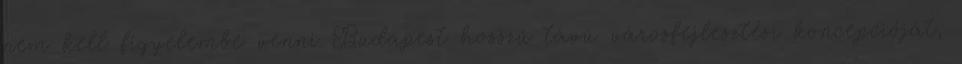
nem kell figyelembe venni Budapest hosszú távú városfejlesztési koncepcióját,